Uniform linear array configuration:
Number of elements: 32
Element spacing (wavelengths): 0.75
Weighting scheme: hamming
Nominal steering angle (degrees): -15
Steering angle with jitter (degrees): -15.003
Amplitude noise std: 0.05
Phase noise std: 0.05

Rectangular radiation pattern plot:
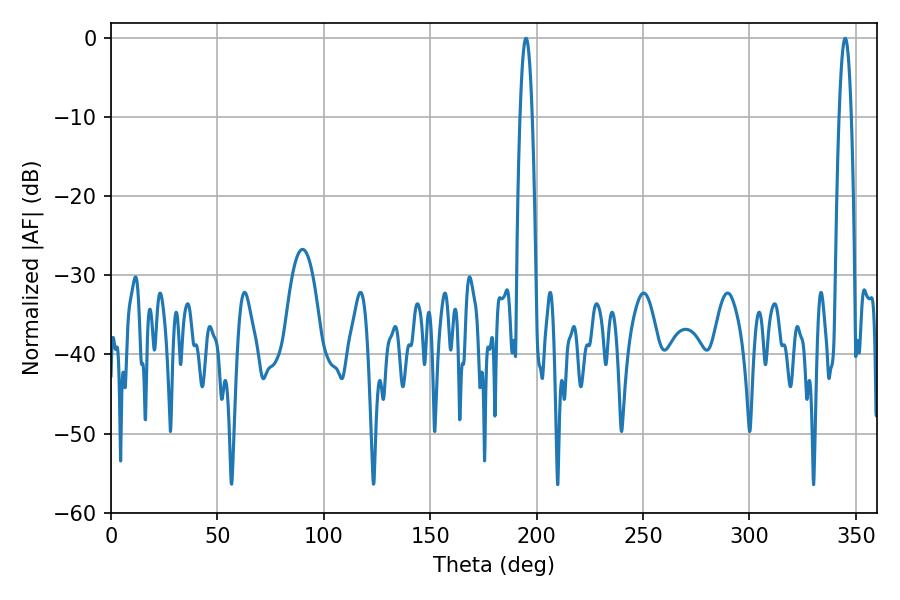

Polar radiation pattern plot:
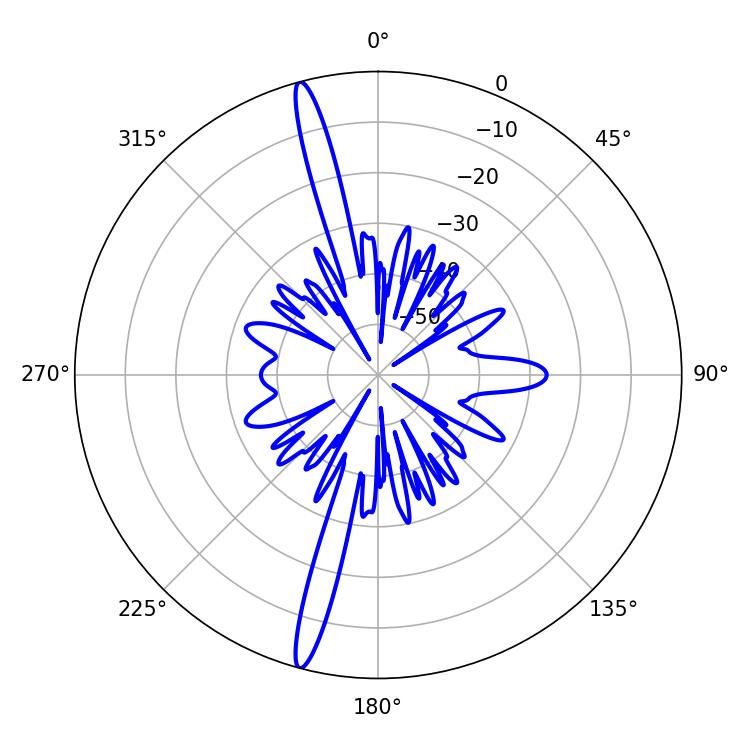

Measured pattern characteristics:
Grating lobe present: TRUE
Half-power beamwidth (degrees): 3.06
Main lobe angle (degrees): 194.94